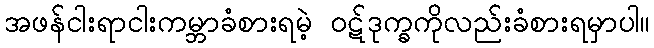
အဖန်ငါးရာငါးကမ္ဘာခံစားရမဲ့ ၀ဋ်ဒုက္ခကိုလည်းခံစားရမှာပါ။